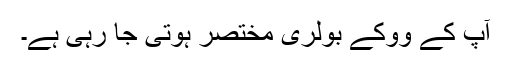
آپ کے ووکے بولری مختصر ہوتی جا رہی ہے۔